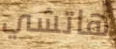
هاتشي